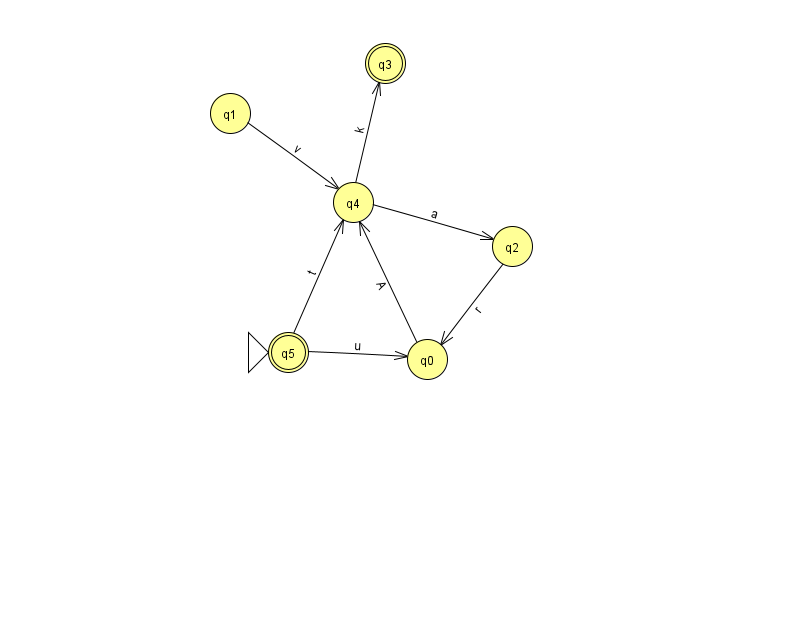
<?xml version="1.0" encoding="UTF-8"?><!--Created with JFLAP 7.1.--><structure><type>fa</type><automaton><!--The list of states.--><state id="0" name="q0"><x>427.0</x><y>346.0</y></state><state id="1" name="q1"><x>230.0</x><y>100.0</y></state><state id="2" name="q2"><x>512.0</x><y>233.0</y></state><state id="3" name="q3"><x>385.0</x><y>50.0</y><final/></state><state id="4" name="q4"><x>353.0</x><y>189.0</y></state><state id="5" name="q5"><x>288.0</x><y>339.0</y><initial/><final/></state><!--The list of transitions.--><transition><from>0</from><to>4</to><read>A</read></transition><transition><from>4</from><to>3</to><read>k</read></transition><transition><from>2</from><to>0</to><read>r</read></transition><transition><from>4</from><to>2</to><read>a</read></transition><transition><from>5</from><to>0</to><read>u</read></transition><transition><from>1</from><to>4</to><read>v</read></transition><transition><from>5</from><to>4</to><read>t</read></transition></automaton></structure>